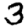
Digit: 3